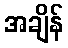
အချိန်